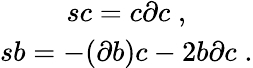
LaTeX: \begin{array}{c}{{sc=c\partial c\; ,}}\\ {{sb=-(\partial b)c-2b\partial c\; .}}\end{array}